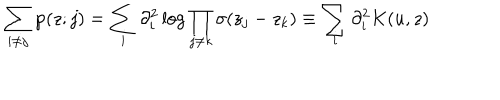
\sum _ { i \neq j } \wp ( z ; j ) = \sum _ { i } \partial _ { i } ^ { 2 } \log \prod _ { j \neq k } \sigma ( z _ { j } - z _ { k } ) \equiv \sum _ { i } \partial _ { i } ^ { 2 } K ( u , z )